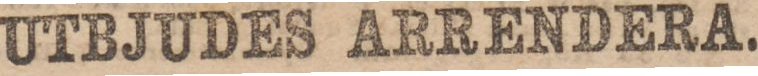
UTBJUDES ARRENDERA.